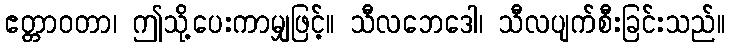
ဧတ္တာဝတာ၊ ဤသို့ပေးကာမျှဖြင့်။ သီလဘေဒေါ၊ သီလပျက်စီးခြင်းသည်။